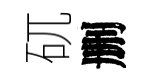
矹删